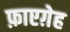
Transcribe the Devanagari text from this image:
फ़ाएग़ेह